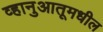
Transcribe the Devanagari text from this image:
व्हानुआतूमधील